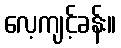
လေ့ကျင့်ခန်း။